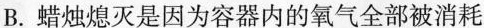
B.蜡烛熄灭是因为容器内的氧气全部被消耗